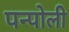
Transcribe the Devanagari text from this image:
पन्पोली